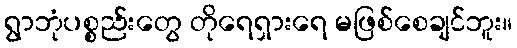
ရွာဘုံပစ္စည်းတွေ တိုရေရှားရေ မဖြစ်စေချင်ဘူး။